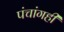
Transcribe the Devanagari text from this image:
पंचांगही